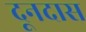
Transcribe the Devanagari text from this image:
दूनदास